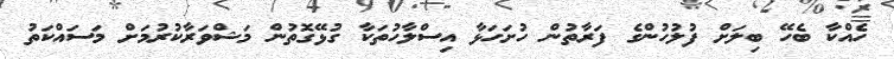
ހެއްކާ ބެހޭ ބިލަށް ފުލުހުންގެ ފަރާތުން ހުށަހަޅާ އިސްލާހުތަކާ ގުޅޭގޮތުން މަޝްވަރާކުރުމަށް މަސައްކަތު